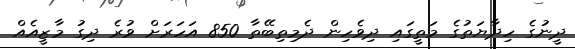
ދީނުގެ ހިދާޔަތުގެ މަތީގައި ދިވެހިން ދެމިތިބޭތާ 850 އަހަރަށް ވުރެ ދިގު މާޒީއެއް